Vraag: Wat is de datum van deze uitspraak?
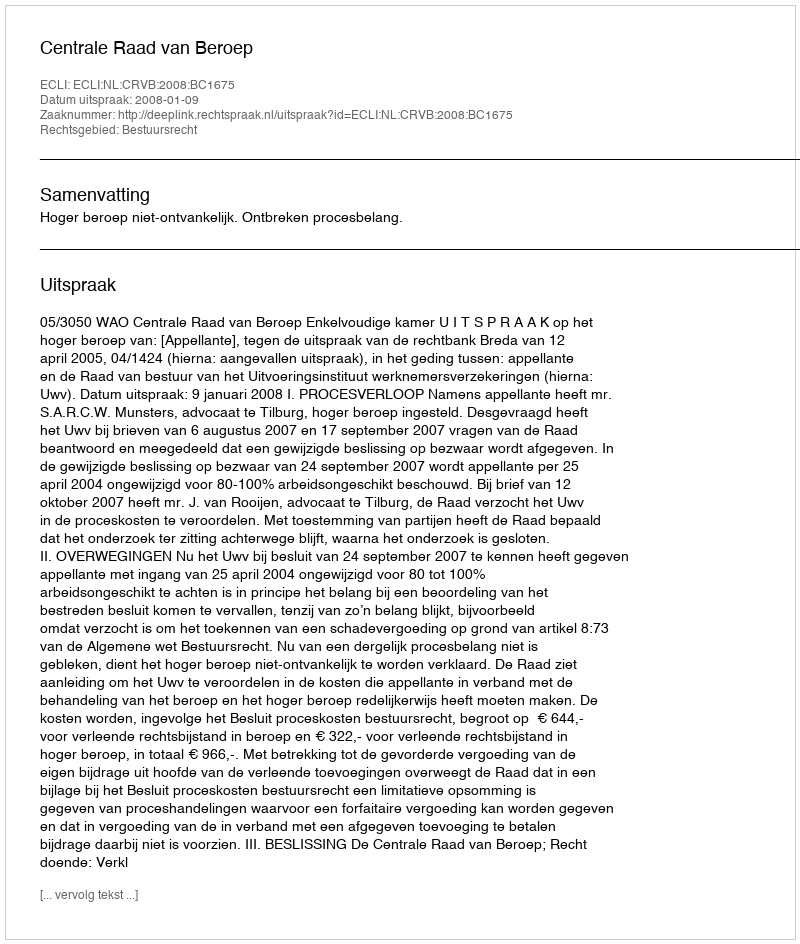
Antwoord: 2008-01-09